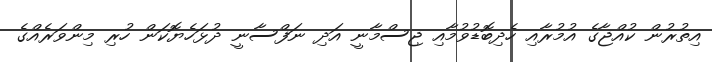
އިތުރުން ކުއްޖާގެ އުމުރާއި ހެދިބޮޑުވުމާއި ޖިސްމާނީ އަދި ނަފްސާނީ ދުޅަހެޔޮކަން ހުރި މިންވަރެއްގެ